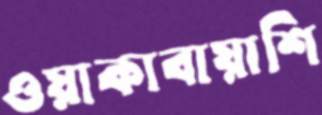
ওয়াকাবায়াশি